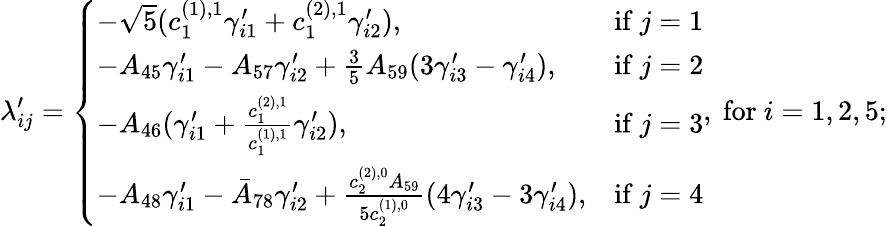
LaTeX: \lambda_{ij}^{\prime}=\left\{ \begin{array}{ll}{-\sqrt{5}(c_{1}^{(1),1}\gamma_{i1}^{\prime}+c_{1}^{(2),1}\gamma_{i2}^{\prime}),}&{\mathrm{if~}j=1}\\ {-A_{45}\gamma_{i1}^{\prime}-A_{57}\gamma_{i2}^{\prime}+\frac{3}{5}A_{59}(3\gamma_{i3}^{\prime}-\gamma_{i4}^{\prime}),}&{\mathrm{if~}j=2}\\ {-A_{46}(\gamma_{i1}^{\prime}+\frac{c_{1}^{(2),1}}{c_{1}^{(1),1}}\gamma_{i2}^{\prime}),}&{\mathrm{if~}j=3}\\ {-A_{48}\gamma_{i1}^{\prime}-\bar{A}_{78}\gamma_{i2}^{\prime}+\frac{c_{2}^{(2),0}A_{59}}{5c_{2}^{(1),0}}(4\gamma_{i3}^{\prime}-3\gamma_{i4}^{\prime}),}&{\mathrm{if~}j=4}\end{array}\right.,\mathrm{~for~}i=1,2,5;